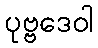
ပုဗ္ဗဒေဝါ